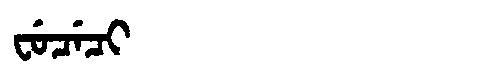
Manchu: ᠸᡠᠴᡝᠴᡳ
Romanization: FUCECI